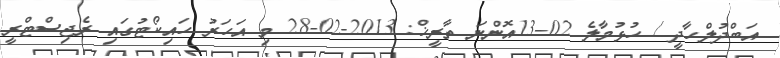
އަބްދުލްހާދީ / ހުޅުމާލެ 02-13އޮންނަ ތާރީޚް: 2013-02-28 މި އަހަރު ހައިކޯޓުގައި ރެޖިސްޓްރީ